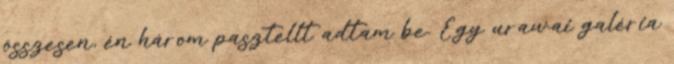
összesen, én három pasztellt adtam be. Egy urawai galéria